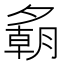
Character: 𪤾